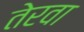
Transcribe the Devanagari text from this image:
तेरवा